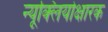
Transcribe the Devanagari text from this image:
न्यूक्लियोक्षारक